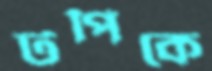
টপিকে